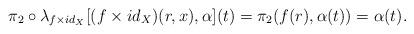
LaTeX: \begin{align*} \pi_{2}\circ \lambda_{f\times id_{X}}[ (f\times id_{X})(r,x),\alpha] (t) =\pi_{2}(f(r),\alpha(t)) = \alpha(t).\end{align*}